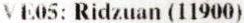
VE05: RIDZUAN (11900)